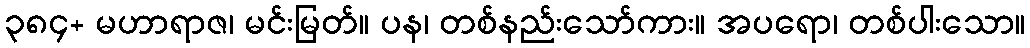
၃၈၄+ မဟာရာဇ၊ မင်းမြတ်။ ပန၊ တစ်နည်းသော်ကား။ အပရော၊ တစ်ပါးသော။